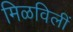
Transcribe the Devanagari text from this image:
मिळविलीं